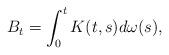
LaTeX: \begin{align*}B_{t}=\int_{0}^{t}K(t,s)d\omega(s),\end{align*}